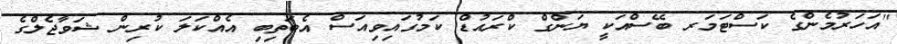
"އަހަރުމެންގެ ކަސްޓަމަރ ބޭސްއަކީ ޔަންގް ކްރައުޑް ކަމުގައިވިއަސް އެބަތިބި އެއްކަލަ ކުރިން ޝަވާޖެލްގެ